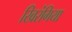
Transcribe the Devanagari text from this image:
खिरंगिया